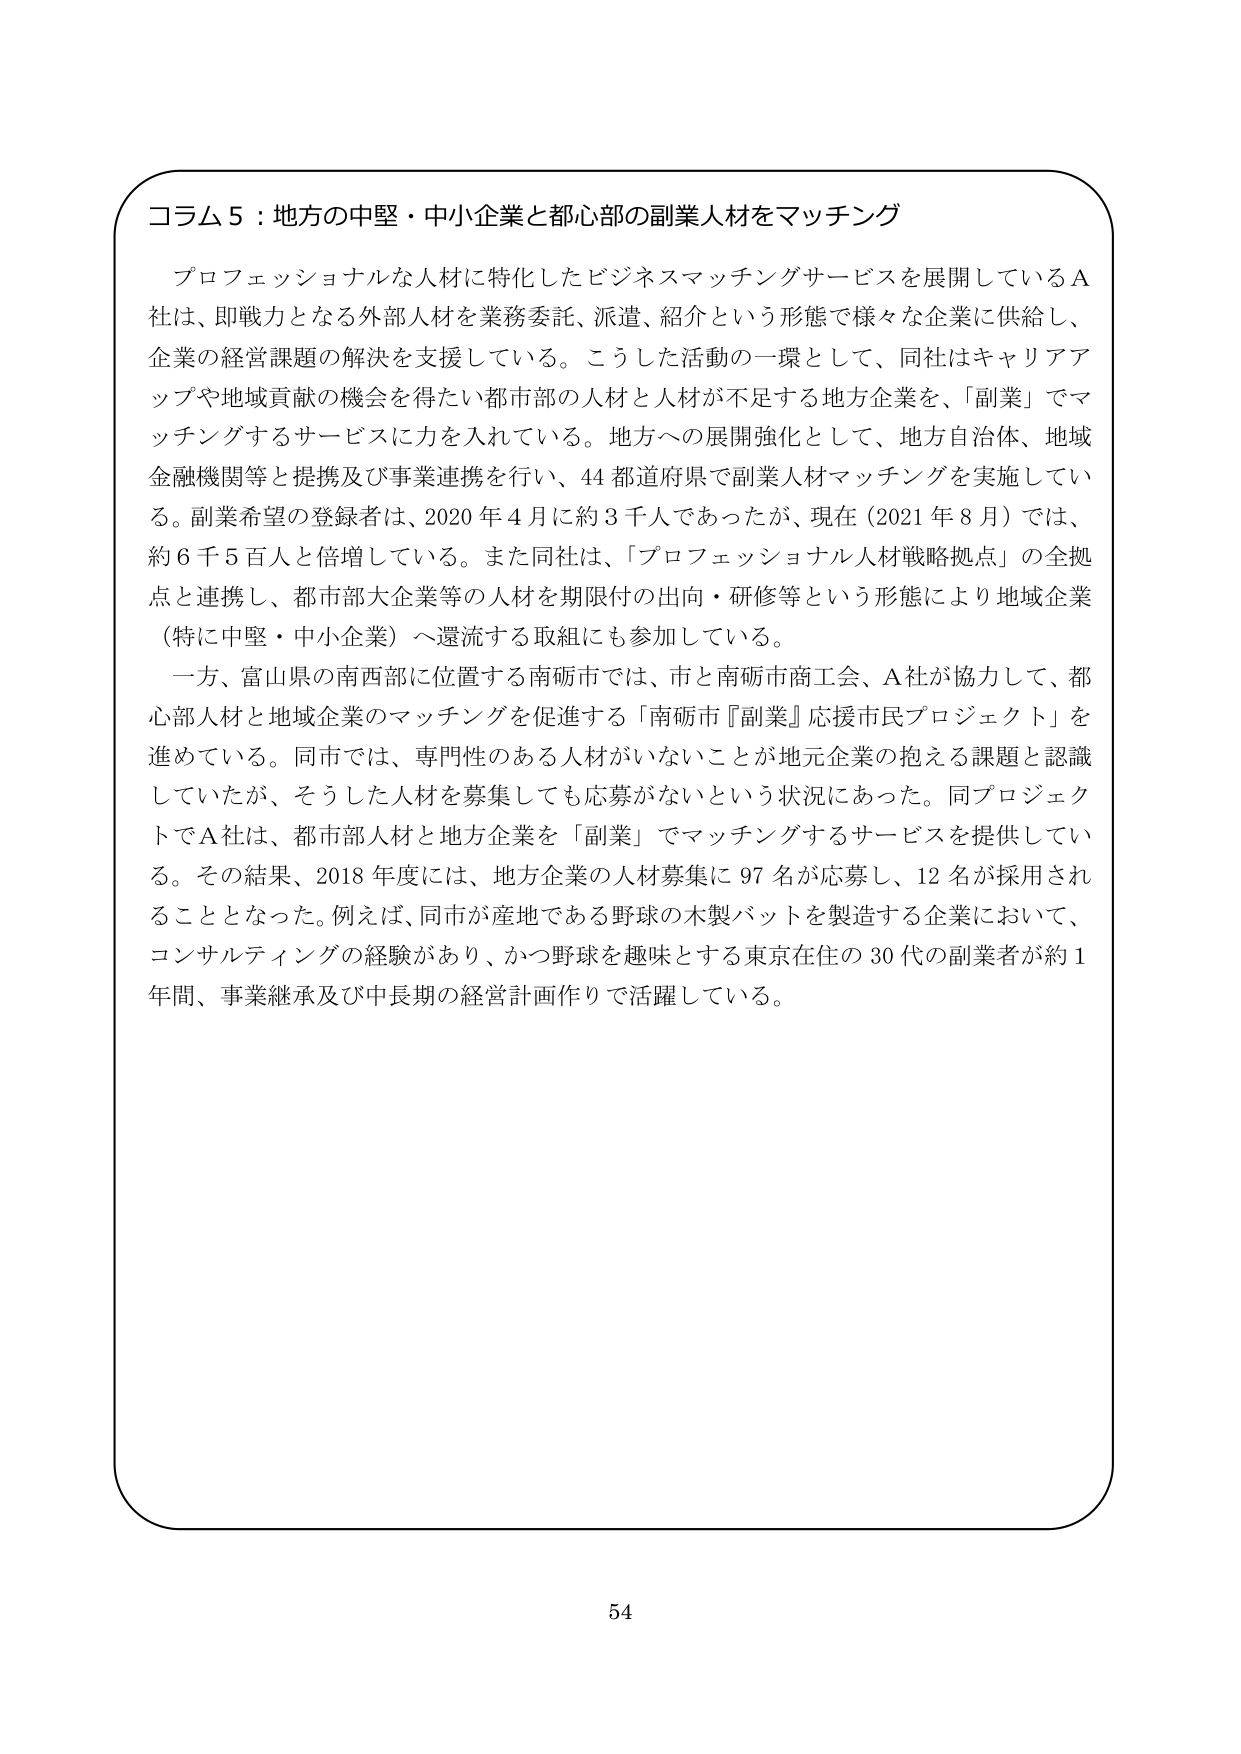
コラム５：地方の中堅・中小企業と都心部の副業人材をマッチング

プロフェッショナルな人材に特化したビジネスマッチングサービスを展開しているＡ社は、即戦力となる外部人材を業務委託、派遣、紹介という形態で様々な企業に供給し、企業の経営課題の解決を支援している。こうした活動の一環として、同社はキャリアアップや地域貢献の機会を得たい都市部の人材と人材が不足する地方企業を、「副業」でマッチングするサービスに力を入れている。地方への展開強化として、地方自治体、地域金融機関等と提携及び事業連携を行い、44都道府県で副業人材マッチングを実施している。副業希望の登録者は、2020年4月に約3千人であったが、現在（2021年8月）では、約6千5百人と倍増している。また同社は、「プロフェッショナル人材戦略拠点」の全拠点と連携し、都市部大企業等の人材を期限付の出向・研修等という形態により地域企業（特に中堅・中小企業）へ還流する取組にも参加している。

一方、富山県の南西部に位置する南砺市では、市と南砺市商工会、Ａ社が協力して、都心部人材と地域企業のマッチングを促進する「南砺市『副業』応援市民プロジェクト」を進めている。同市では、専門性のある人材がいないことが地元企業の抱える課題と認識していたが、そうした人材を募集しても応募がないという状況にあった。同プロジェクトでＡ社は、都市部人材と地方企業を「副業」でマッチングするサービスを提供している。その結果、2018年度には、地方企業の人材募集に97名が応募し、12名が採用されることとなった。例えば、同市が産地である野球の木製バットを製造する企業において、コンサルティングの経験があり、かつ野球を趣味とする東京在住の30代の副業者が約1年間、事業継承及び中長期の経営計画作りで活躍している。

54